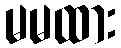
မမထား